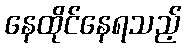
နေထိုင်နေရသည့်